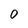
Character: O